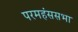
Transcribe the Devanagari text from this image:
परमहंससभा